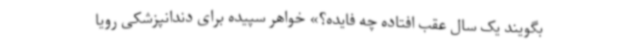
بگویند یک‌ سال عقب افتاده چه فایده؟» خواهر سپیده برای دندانپزشکی رویا